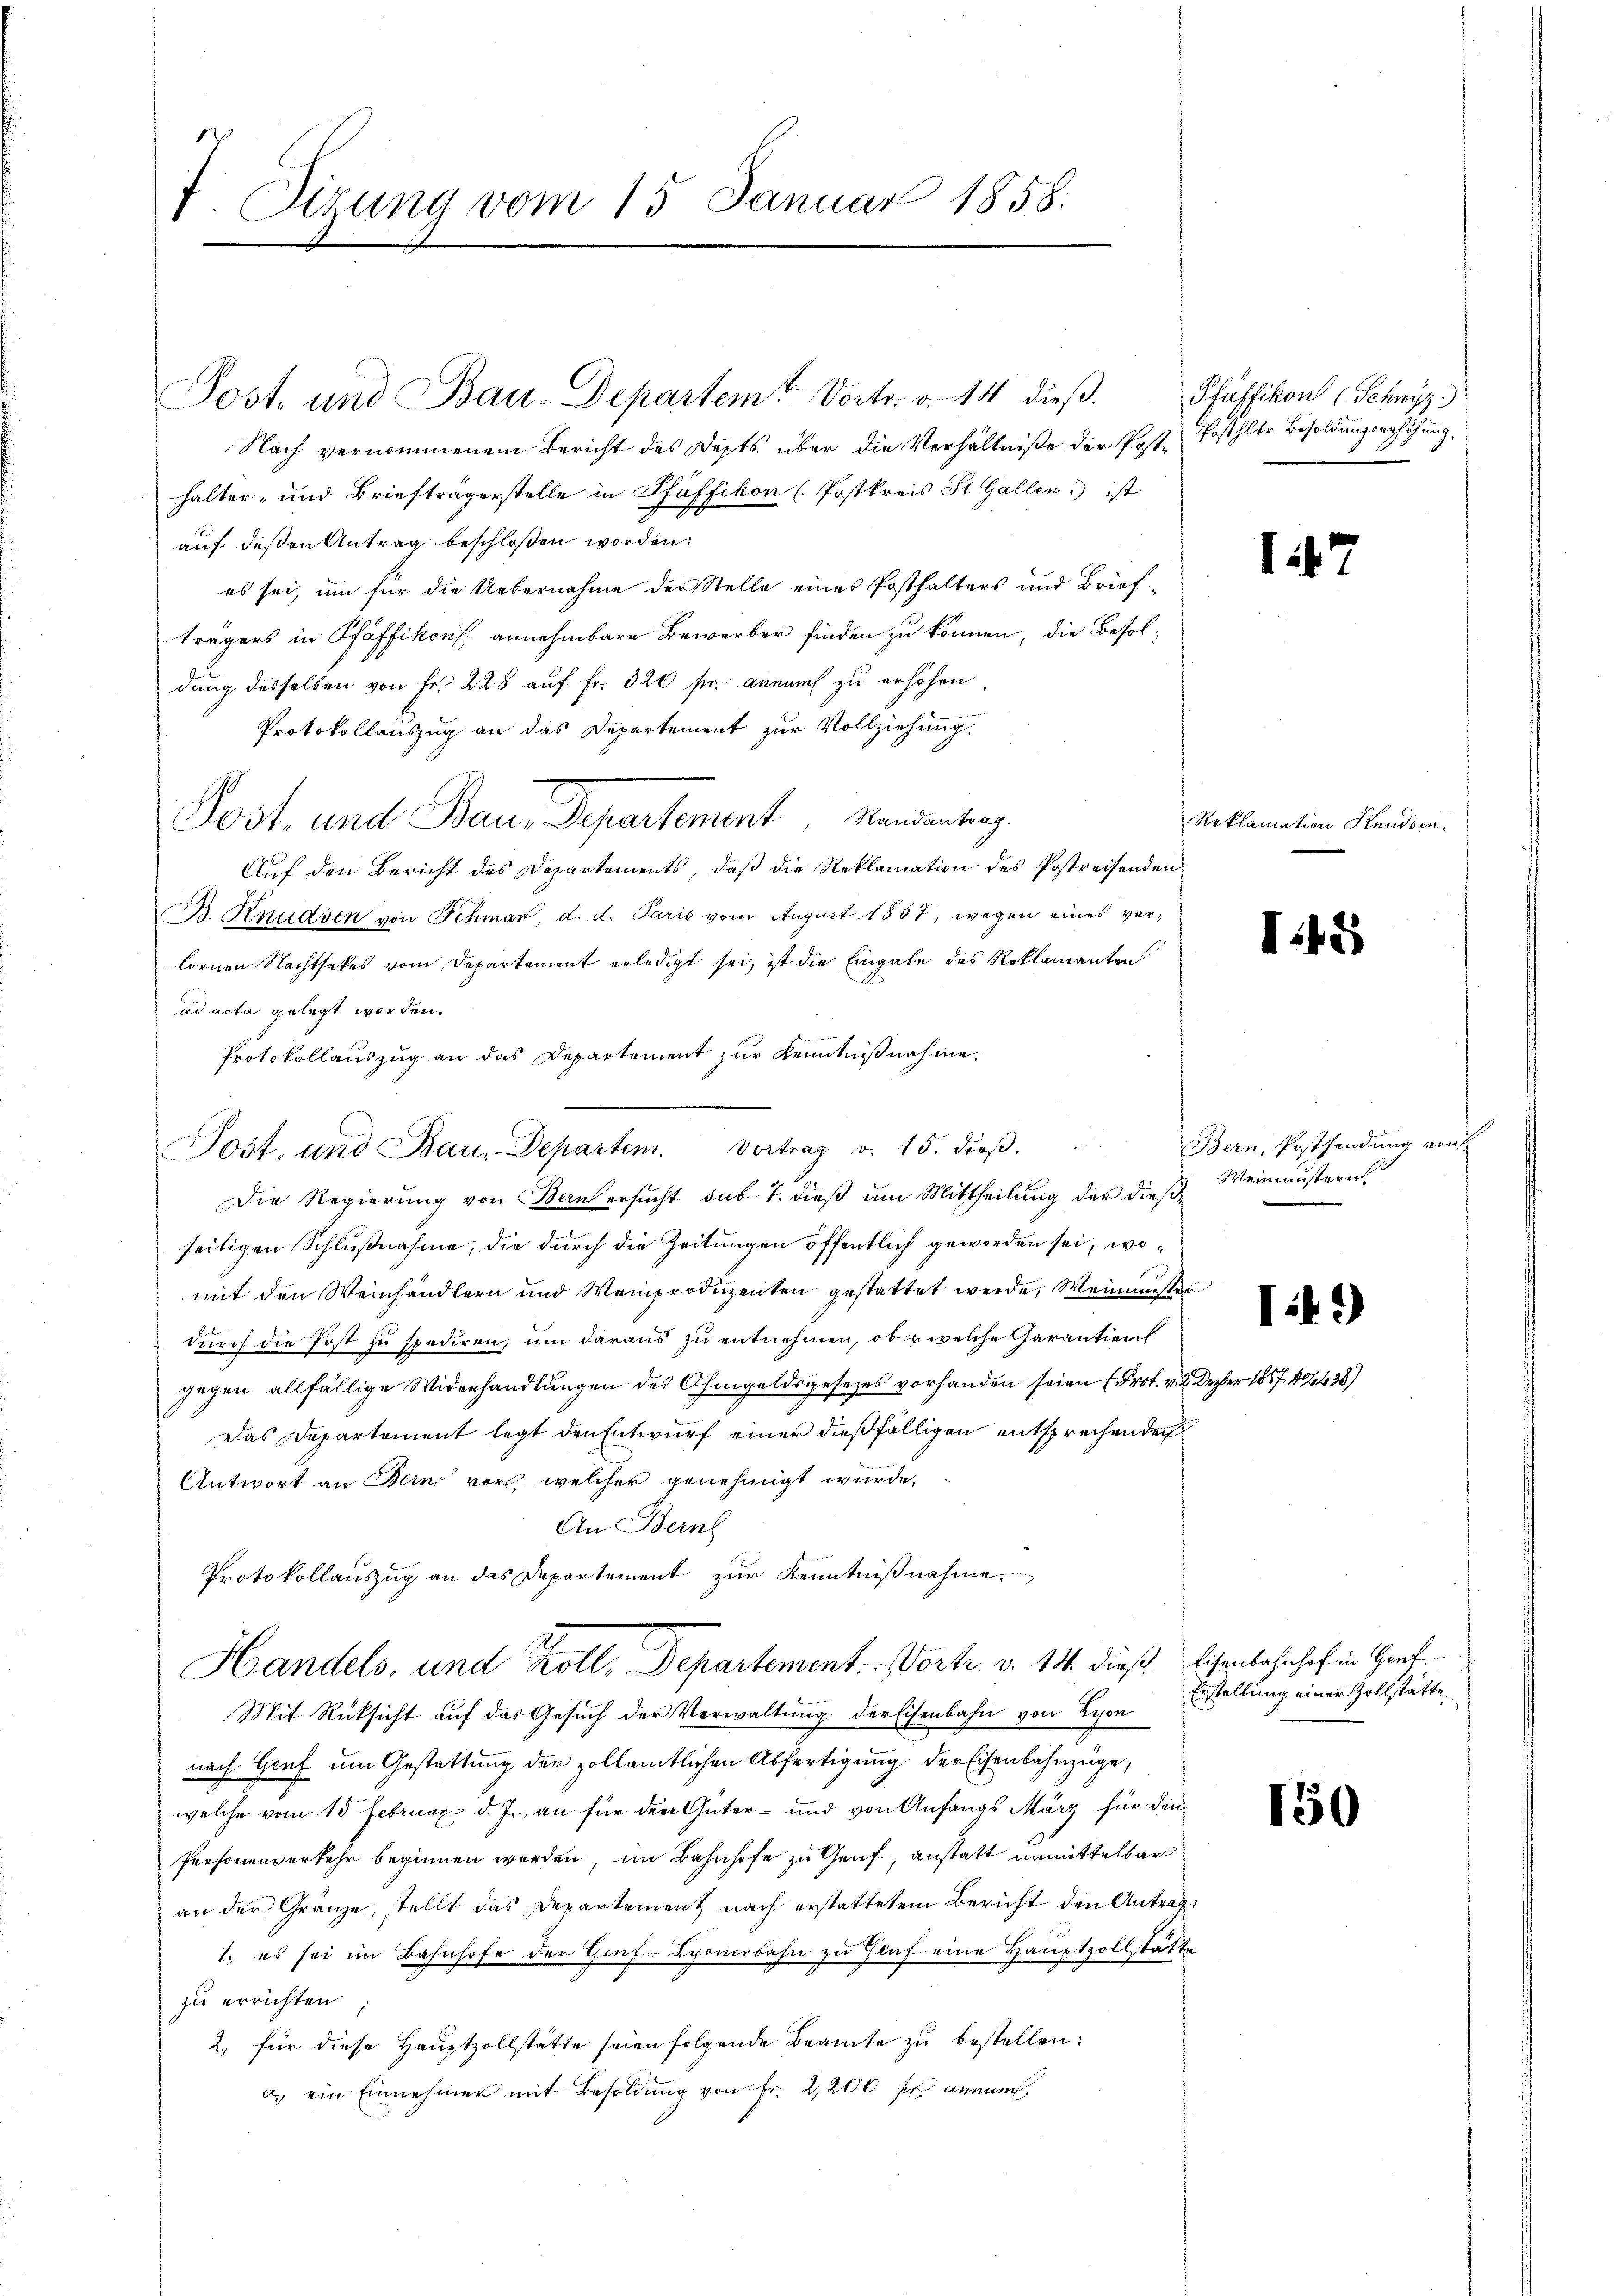
7. Sizung vom 15. Januar 1858.

Post, und Bau, Departem. Vortrag v. 15. dieβ.
Die Regierung von Bern ersucht sub 7. dieß um Mittheilung der dieß¬

Post- und Bau-Departem Vortr. v. 14 dieβ. Pfäffikon Schwyz
Nach vernommenem Bericht des Depts über die Verhältniße der Poste Posthltr. Besoldungserhöhung,
halter- und Brieftragerstelle in Pfäffikon (Postkreis St. Gallen ist
auf deßen Antrag beschloßen worden.
es sei, um für die Uebernahme der Stelle eines Posthalters und Brief-
trägers in Pfäffikon annehmbare Bewerber finden zu können, die Besoldung desselben von Fr. 228 auf Fr. 320 fr. annaus zu erhöhen
Protokollauszug an das Departement zur Vollziehung.
Post, und Bau, Departement. Mandentrag
Auf den Bericht des Departements, daß die Reklamation des Postreisenden
B. Knudsen von Schmar, d. d. Paris vom August 1857, wegen eines verlornen Nachthakes vom Departement erledigt sei, ist die Eingabe des Reklamanten
ad acta gelegt worden.
Protokollauszug an das Departement zur Kenntnißnahme
seitigen Schlußnahme, die durch die Zeitungen öffentlich geworden sei, womit den Weinhändlern und Weinproduzenten gestattet werde, Weinmuster
durch die Post zu spediren, um daraus zu entnehmen, ob u welche Garantiert
gegen allfällige Widerhandlungen des Ohmgeldsgesezes vorhanden seien (Prof. v. 2. Deber 1857. 42438)
Das Departement legt den Entwurf einer dießfälligen entsprechen den
Antwort an Bern vor, welcher genehmigt wurde,
An Bernh
Protokollauszug an das Departement zur Kenntnißnahme
Handels, und soll, Departement. Vortr. v. 141. dieß
Mit Rücksicht auf das Gesuch der Verwaltung der Eisenbahn von Lyon
nach Genf um Gestattung der zollämtlichen Abfertigung der Eisenbahnzüge,
welche vom 15 Februar d. J. an für den Güter- und von Anfangs März für den
Personenverkehr beginnen werden, im Bahnhofe zu Genf, anstatt unmittelbar
an der Gränze, stellt das Departement nach erstattetem Bericht den Antrag¬
1., es sei im Bahnhofe der Genf-Schönerbahn zu Gluf eine Hauptzollstatte
zu errichten
2. für diese Hauptzollstätte seien folgende Beamte zu bestellen:
a. ein Einnehmer mit Besoldung von Fr. 2,200 fr annum,

1247

Reklamation Handsen.

I42

Bern, Postsendung von
Weinmustern
i.)

Eisenbahnhof in Genf.
Erstellung einer Zollstätte

150